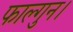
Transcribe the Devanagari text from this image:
फाल्गुन।